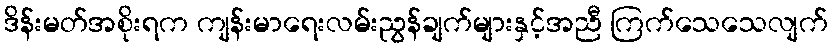
ဒိန်းမတ်အစိုးရက ကျန်းမာရေးလမ်းညွန်ချက်များနှင့်အညီ ကြက်သေသေလျက်